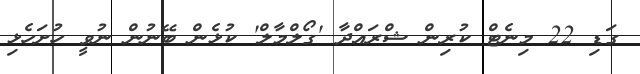
ގަޑި 22 މިނެޓް ކުރިން ޝްރައްދާ 'ގޯލްމާލް' ކުޅެން ބޭނުން ނުވީ ހުށަހެޅި